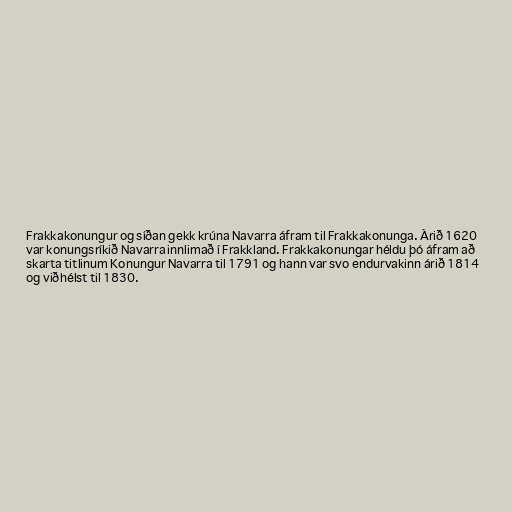
Frakkakonungur og síðan gekk krúna Navarra áfram til Frakkakonunga. Árið 1620
var konungsríkið Navarra innlimað í Frakkland. Frakkakonungar héldu þó áfram að
skarta titlinum Konungur Navarra til 1791 og hann var svo endurvakinn árið 1814
og viðhélst til 1830.